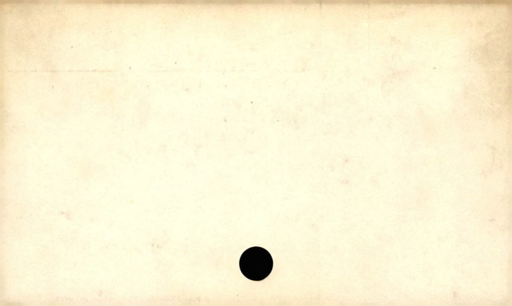
Label: blank